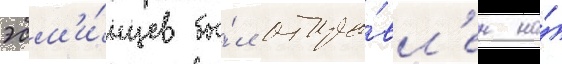
эсм'и́нцев бы́л отпра́вл'ен на́